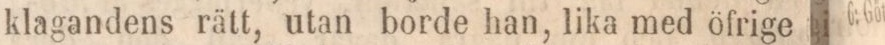
klagandens rätt, utan borde han, lika med öfrige